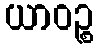
ယာဝဉ္စ